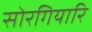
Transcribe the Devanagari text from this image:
सोरगियारि